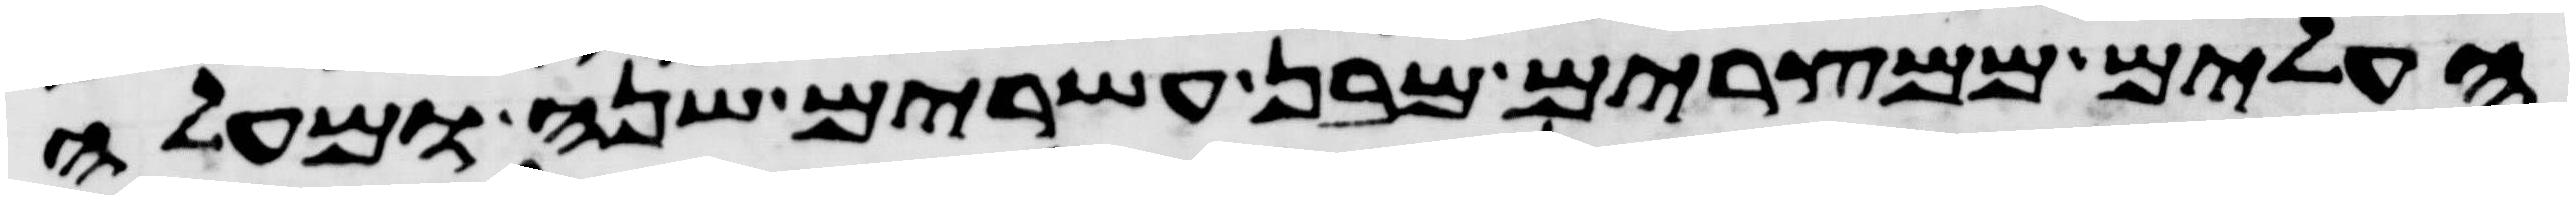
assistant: העלים ממצרים מבן עשרים שנה ומעלה